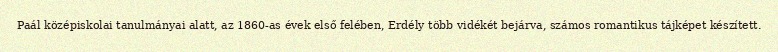
Paál középiskolai tanulmányai alatt, az 1860-as évek első felében, Erdély több vidékét bejárva, számos romantikus tájképet készített.